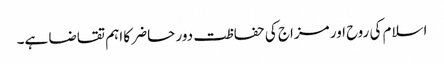
اسلام کی روح اور مزاج کی حفاظت دور حاضر کا اہم تقاضا ہے۔